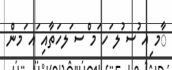
ާމ ިއ ުސ ުލ ަހ ަމ ްސ ަލހަތާއި ައ ަމން